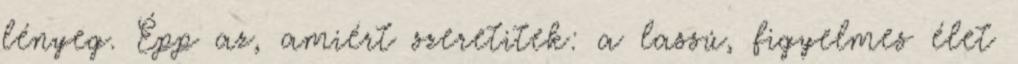
lényeg. Épp az, amiért szeretitek: a lassú, figyelmes élet